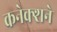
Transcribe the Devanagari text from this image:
कनेक्शने